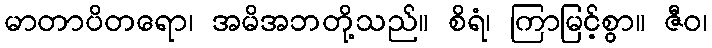
မာတာပိတရော၊ အမိအဘတို့သည်။ စိရံ၊ ကြာမြင့်စွာ။ ဇီဝ၊